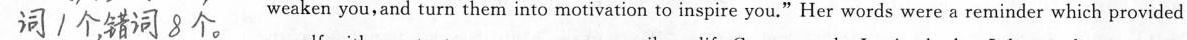
##词1个，措词8个##weaken you,and turn them into motivation to inspire you." Her words were a reminder which provided